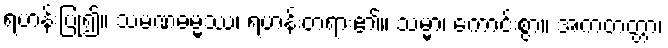
ရဟန်းပြု၍။ သမဏဓမ္မဿ၊ ရဟန်းတရား၏။ သမ္မာ၊ ကောင်းစွာ။ အကတတ္တာ၊